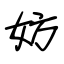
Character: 妨